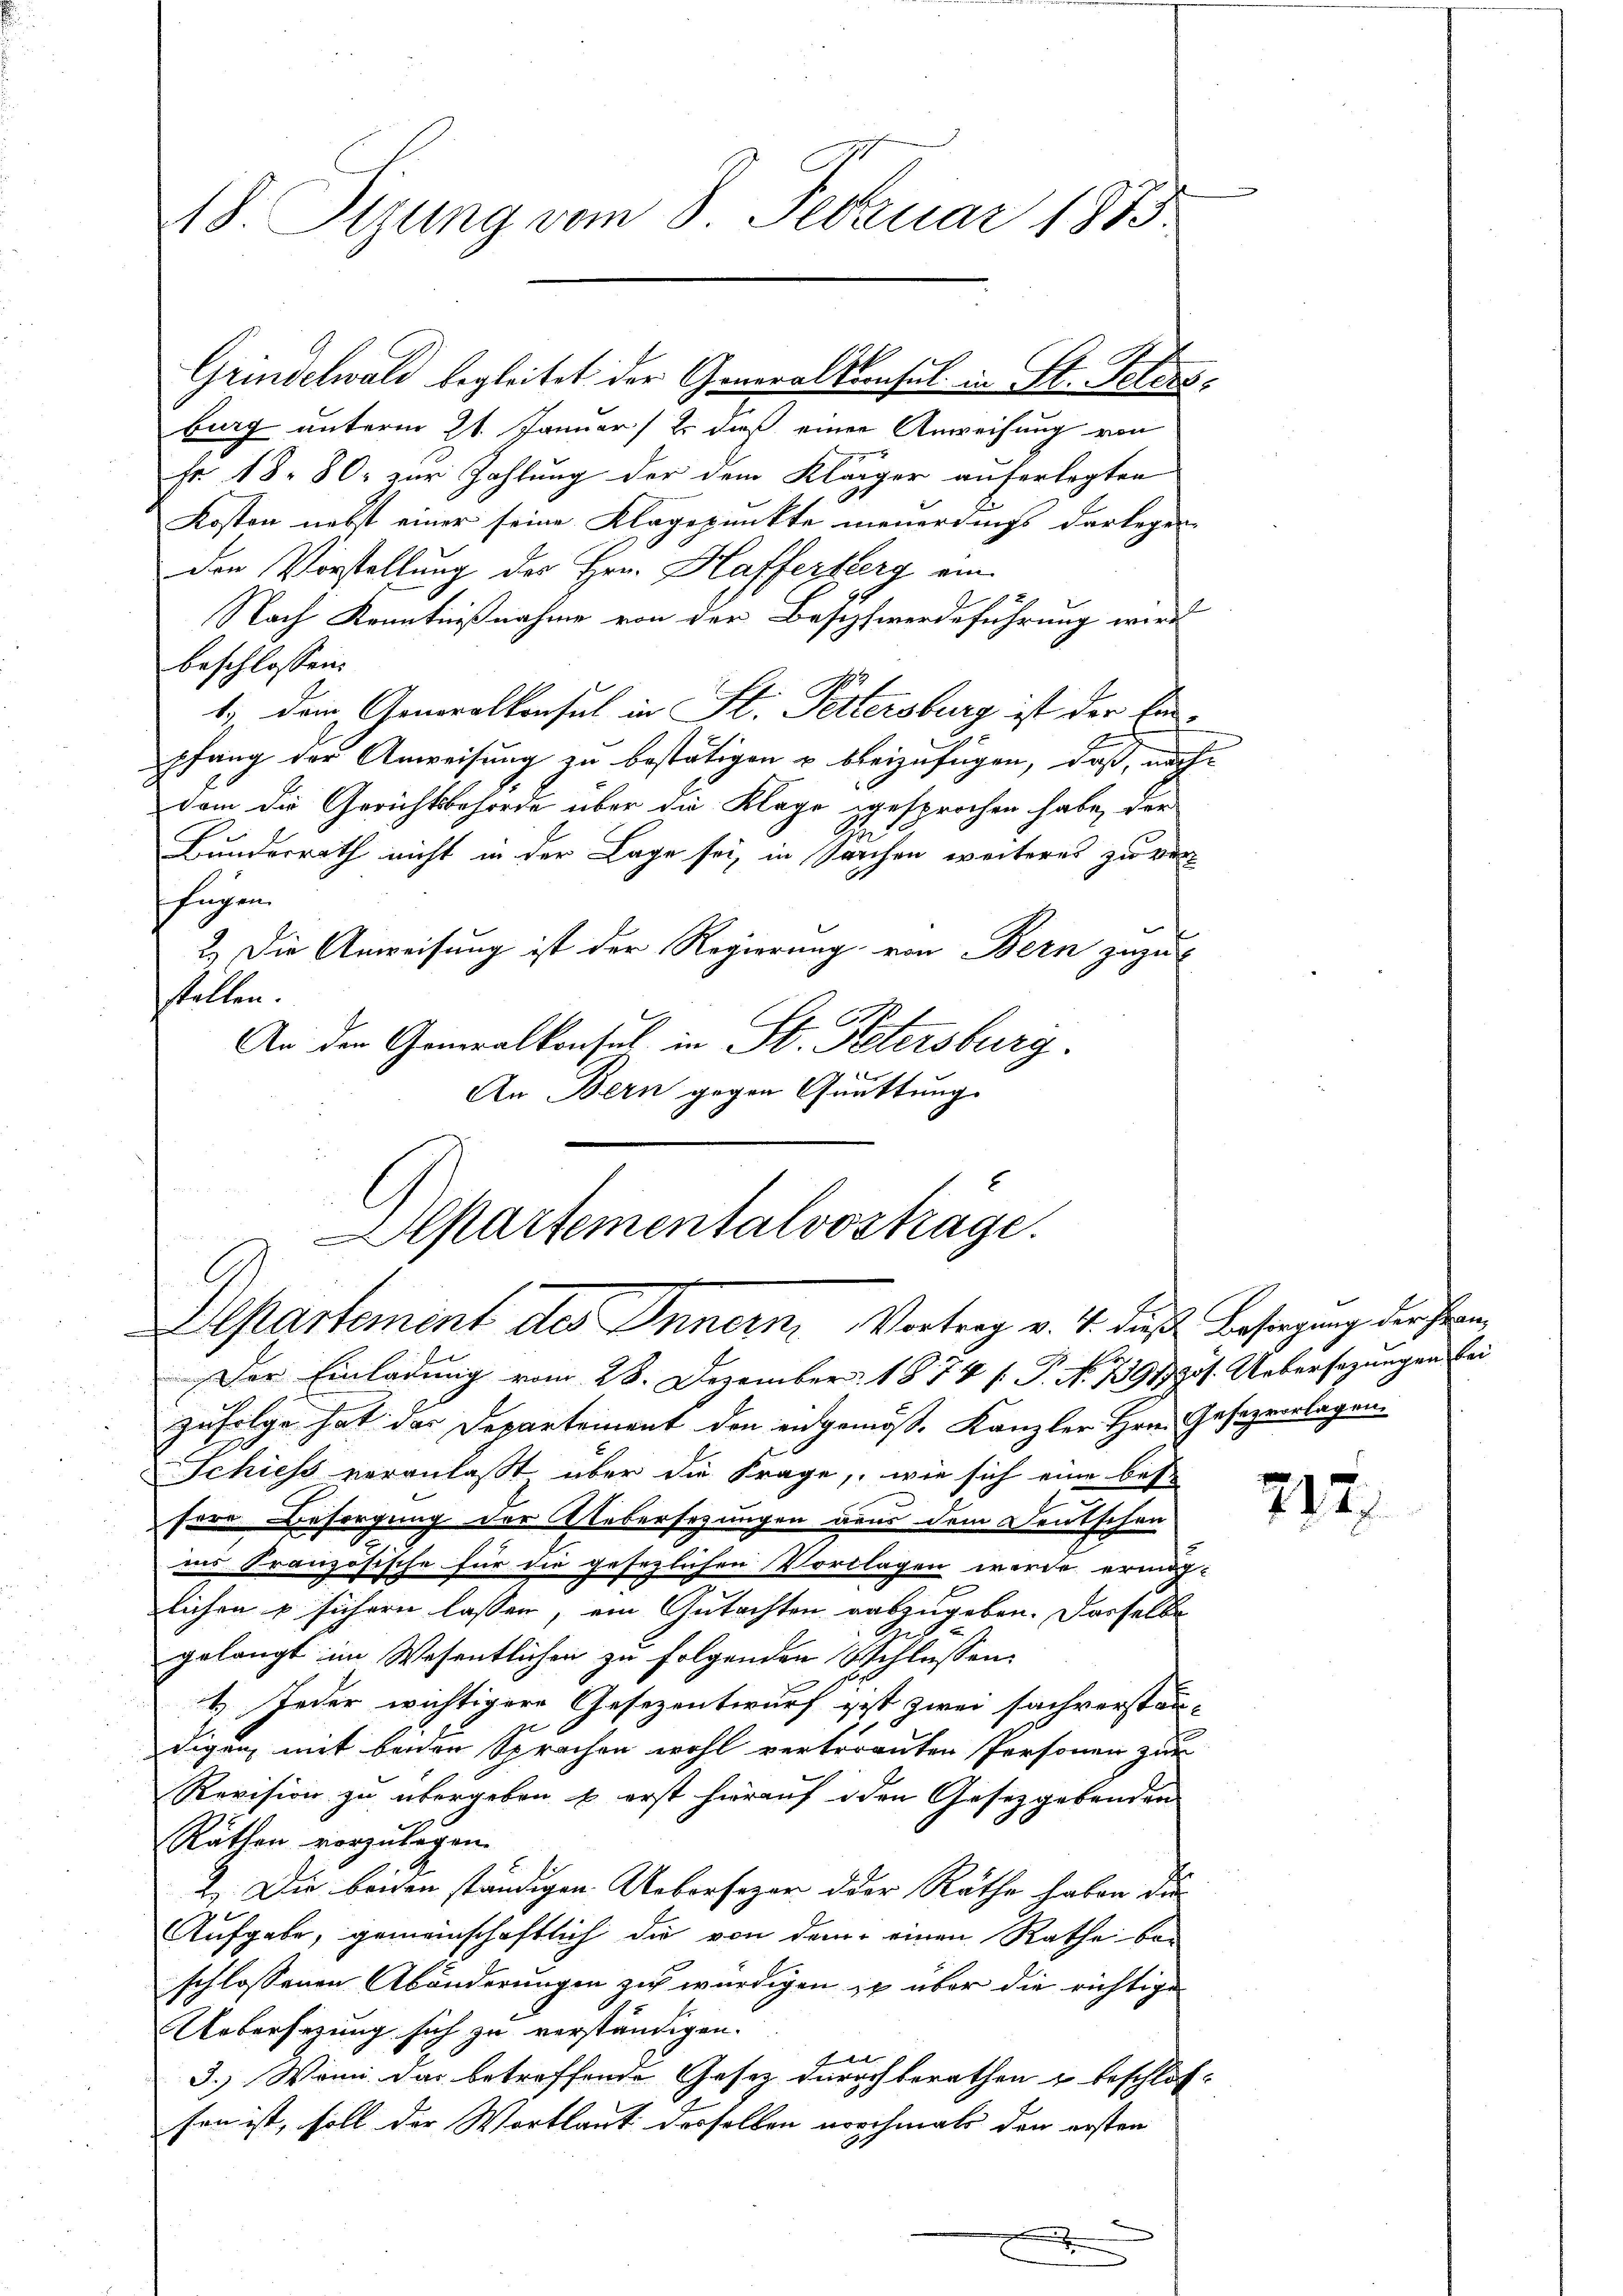
18 Sizung vom 8. Februar 1885.

Grindelwald begleitet der Generalkonsul in St. Polens-
burg unterm 21. Januar 2. daß einer Anweisung von
Fr. 18. 80. zur Zahlung der dem Kläger auferlegten
Kosten nebst einer seine Klagepunkte neuerdings darlegen
den Vorstellung des Hrn. Haffersberg ein
Nach Kenntnißnahme von der Beschwerdeführung wird
beschlossen:
1.) Dem Generalkonsul in St. Pettersburg ist der Einpfang der Anweisung zu bestätigen u. beizufügen, daß, nachdem die Gerichtsbehörde über die Klage gesprochen habe, der
Bundesrath nicht in der Lage sei, in Sachen weiteres zu ver
Eugen
2.) Die Anweisung ist der Regierung von Bern zuzu
stellen.
An der Generalkonsul in St. Petersburg.
f
An Bern gegen Quattung
Der Einladung vom 28. Dezember 1874 f. P. N. 7391pos. Uebersezungen bei
zufolge hat das Departement den engemös. Kanzler Hrn. Gesezvorlagen.
Schiess veranlaßt über die Frage, wie sich eine bes
sere Besorgung der Uebersezungen aus dem Deutschen
ins Französische für die gesezlichen Vorlagen werde ermög-
lichen u sichern lassen, ein Gutachten auszugeben. Dasselbe
gelangt im Wesentlichen zu folgenden Schlüssen
1. Jeder wichtigere Gesezentwurf git zwei sachverstän-
digen, mit beiden Sprachen wohl vertrauten Personen zur
Revision zu übergeben & erst hierauf den Gesetzgebenden
Räthen vorzulegen.
2.) Die beiden ständigen Ueberseger oder Räthe haben die
Aufgabe, gemeinschaftlich die von dem einen Rathe be-
schlossenen Abänderungen zu würdigen zu über die richtige
Uebersetzung sich zu verständigen.
kirt |
3. Wenn das betreffende Gesetz durchberathen u beschlos-
sen ist, soll der Wortlaut desselben nochmals den ersten
.

Apartementalvosträge.
epartement des Innern Vortrag v. 4. dieß Besorgung der Herrn

217.